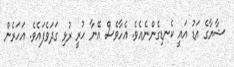
ޝާޔާގެ އަޑު އައީ ކެނޑިގެންނެއެވެ. އެހާވެސް އޭނާ ހުރީ ރުޅި ގަދަވެފައެވެ. އަހަރެން